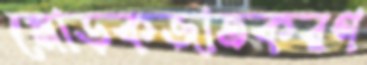
মোড়কজাতকরণ